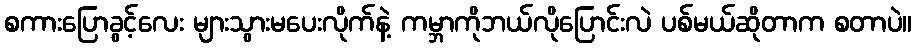
စကားပြောခွင့်လေး များသွားမပေးလိုက်နဲ့ ကမ္ဘာကိုဘယ်လိုပြောင်းလဲ ပစ်မယ်ဆိုတာက စတာပဲ။